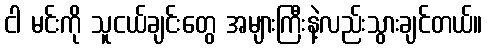
ငါ မင်းကို သူငယ်ချင်းတွေ အများကြီးနဲ့လည်းသွားချင်တယ်။